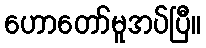
ဟောတော်မူအပ်ပြီ။